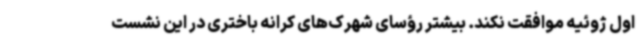
اول ژوئیه موافقت نکند. بیشتر رؤسای شهرک‌های کرانه باختری در این نشست